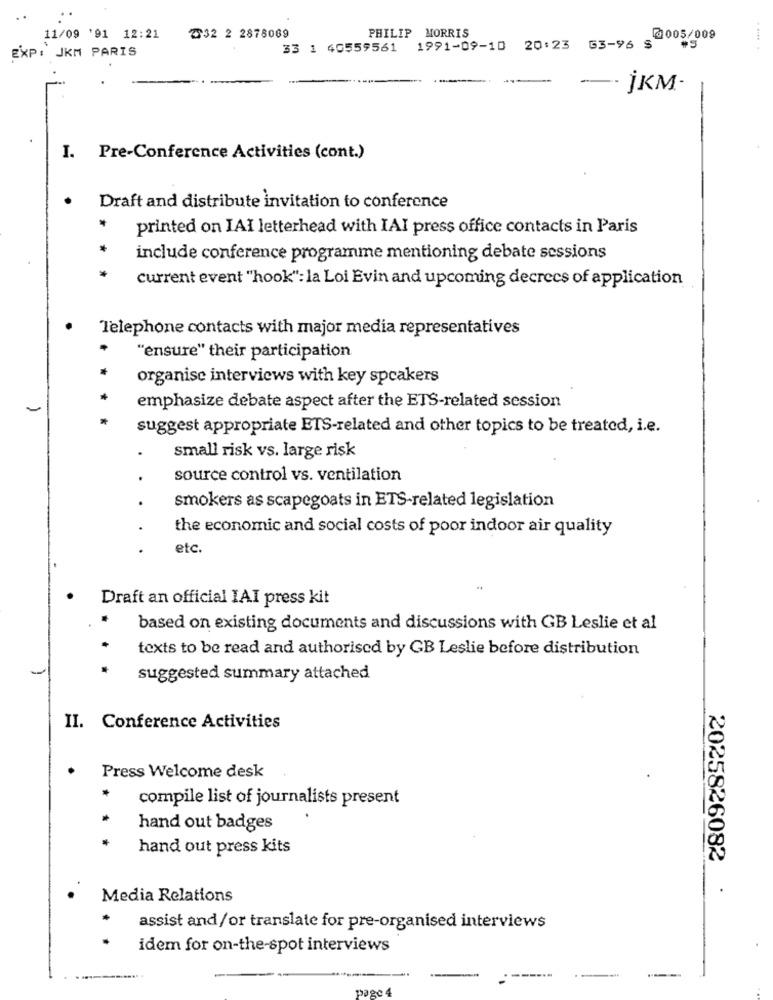
PHILIP MORRIS
11/09 '91 12:21
Z32 2 2878069
@005/009
33 1 40559561 1991-09-10 20:23 63-96 S
EXP: JKM PARIS
--- jKM-
I. Pre-Conference Activities (cont.)
Draft and distribute invitation to conference
*
printed on IAI letterhead with IAI press office contacts in Paris
*
include conference programme mentioning debate sessions
*
current event "hook": la Loi Evin and upcoming decrecs of application
Telephone contacts with major media representatives
"ensure" their participation
organise interviews with key speakers
***
emphasize debate aspect after the ETS-related session
suggest appropriate ETS-related and other topics to be treated, i.e.
.
small risk vs. large risk
source control vs. ventilation
smokers as scapegoats in ETS-related legislation
the economic and social costs of poor indoor air quality
etc.
.
Draft an official IAI press kit
based on existing documents and discussions with GB Leslie et al
texts to be read and authorised by GB Leslie before distribution
suggested summary attached
II. Conference Activities
Press Welcome desk
compile list of journalists present
hand out badges
hand out press kits
2025826082
.
Media Relations
assist and/or translate for pre-organised interviews
idem for on-the-spot interviews
page 4